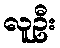
လူဦး